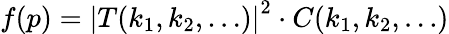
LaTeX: f(p)=\left|T(k_{1},k_{2},\ldots)\right|^{2}\cdot C(k_{1},k_{2},\ldots)